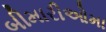
બીમારીઓમા